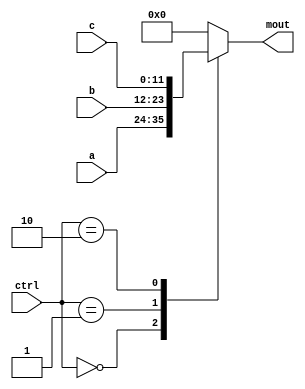
module Mux4
(
	input [11:0] a, b, c, 
  	input [1:0] ctrl,
  	output reg [11:0] mout
);

	always@*
	begin
		case(ctrl)
			2'b00 : mout = a;
			2'b01 : mout = b;
			2'b10 : mout = c;
		default:
			mout = 12'b0;
		endcase
	end
endmodule